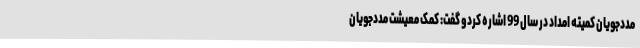
مددجویان کمیته امداد در سال 99 اشاره کردو گفت: کمک معیشت مددجویان